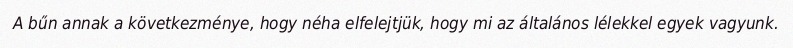
A bűn annak a következménye, hogy néha elfelejtjük, hogy mi az általános lélekkel egyek vagyunk.